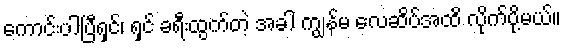
ကောင်းပါပြီရှင်၊ ရှင် ခရီးထွက်တဲ့ အခါ ကျွန်မ လေဆိပ်အထိ လိုက်ပို့မယ်။